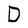
Character: D